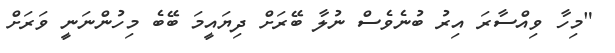
"މިހާ ވިއްސާރަ އިރު ބުނެވެސް ނުލާ ބޭރަށް ދިޔައީމަ ބޭބެ މިހުންނަނީ ވަރަށް